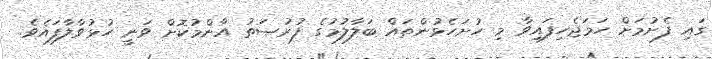
ގައި ފެށުމަށް ހަމަޖެހިފައިވާ މި ހުށަހެޅުންތައް ބަލާލުމުގެ ފުރުޞަތު އާންމުކޮށް ވަނީ ހުޅުވާލާފައެވެ.